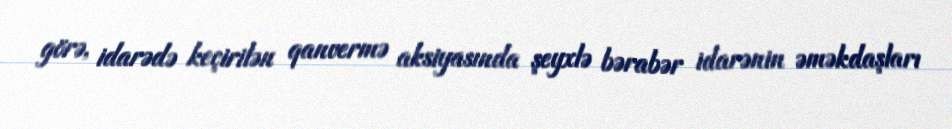
görə, idarədə keçirilən qanvermə aksiyasında şeyxlə bərabər idarənin əməkdaşları